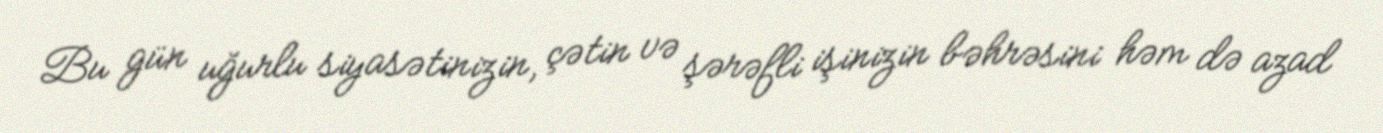
Bu gün uğurlu siyasətinizin, çətin və şərəfli işinizin bəhrəsini həm də azad